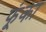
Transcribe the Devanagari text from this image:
फूंका